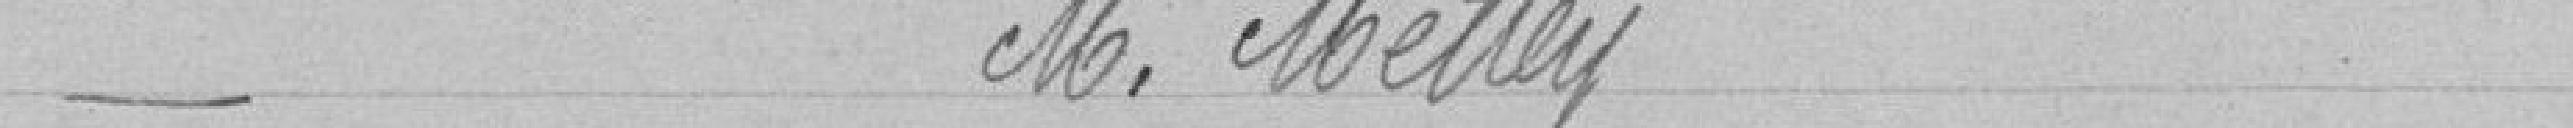
_ Monsieur Metty.